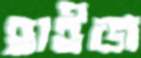
হাইজ